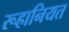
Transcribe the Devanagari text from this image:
रूहानियत